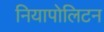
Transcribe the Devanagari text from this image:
नियापोलिटन